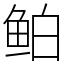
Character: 鲌